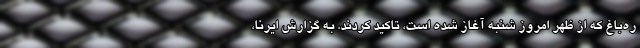
ره‌باغ که از ظهر امروز شنبه آغاز شده است، تاکید کردند. به گزارش ایرنا،